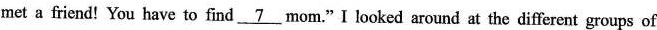
met a friend!You have to find\underline{7}.Mom."I looked around at the different groups of